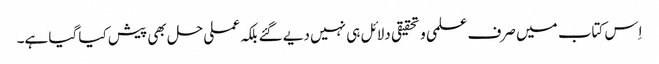
اِس کتاب میں صرف علمی و تحقیقی دلائل ہی نہیں دیے گئے بلکہ عملی حل بھی پیش کیا گیا ہے۔